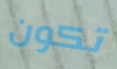
تكون